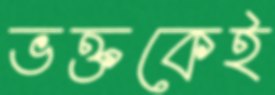
ভক্তকেই